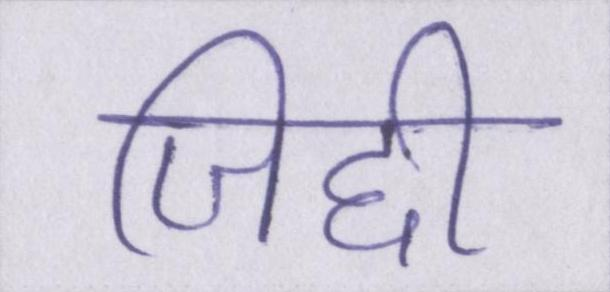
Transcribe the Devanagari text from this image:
जिद्दी